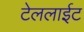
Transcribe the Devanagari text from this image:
टेललाईट